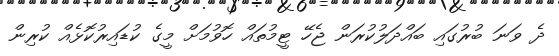
ދެ ވަނަ ބުރުގައި ބައްދަލުކުރަން ޖެހޭ ޓީމުތައް ހޮވުމަށް މީގެ ކުޑައިރުކޮޅެއް ކުރިން